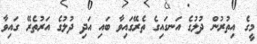
މީގެ އިތުރުން ދުލުގެ އަނގައިގެ ތެރޭގައިވާ ބައި އަދި ދުލުގެ އަރުތެރޭ ގައިވާ